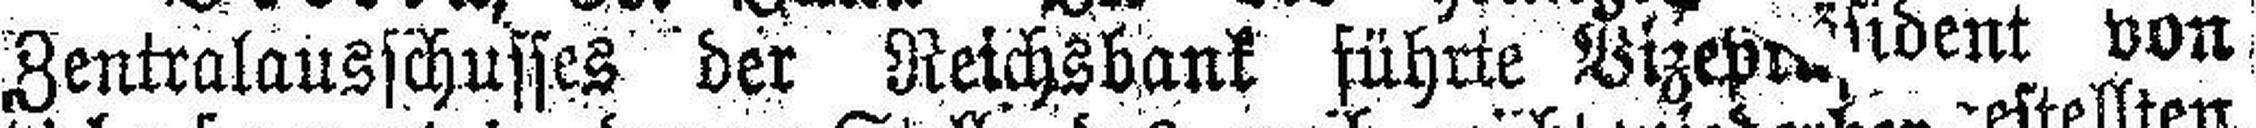
Zentralausschusses der Reichsbank führte Vizep###sident von